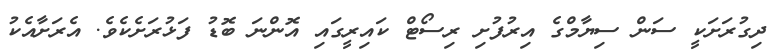
ދިގުރަށަކީ ސަން ސިޔާމްގެ އިރުފުށި ރިސޯޓް ކައިރީގައި އޮންނަ ބޮޑު ފަޅުރަށެކެވެ. އެރަށާއެކު